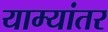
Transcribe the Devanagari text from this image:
याम्यांतर